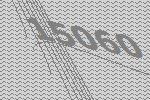
15060